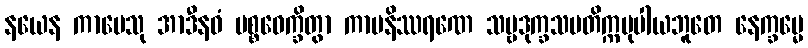
နယေန ကာမေသု အာဒီနဝံ ပစ္စဝေက္ခိတွာ ကာမနိဿရဏေ သဗ္ဗဒုက္ခသမတိက္ကမုပါယဘူတေ နေက္ခမ္မေ